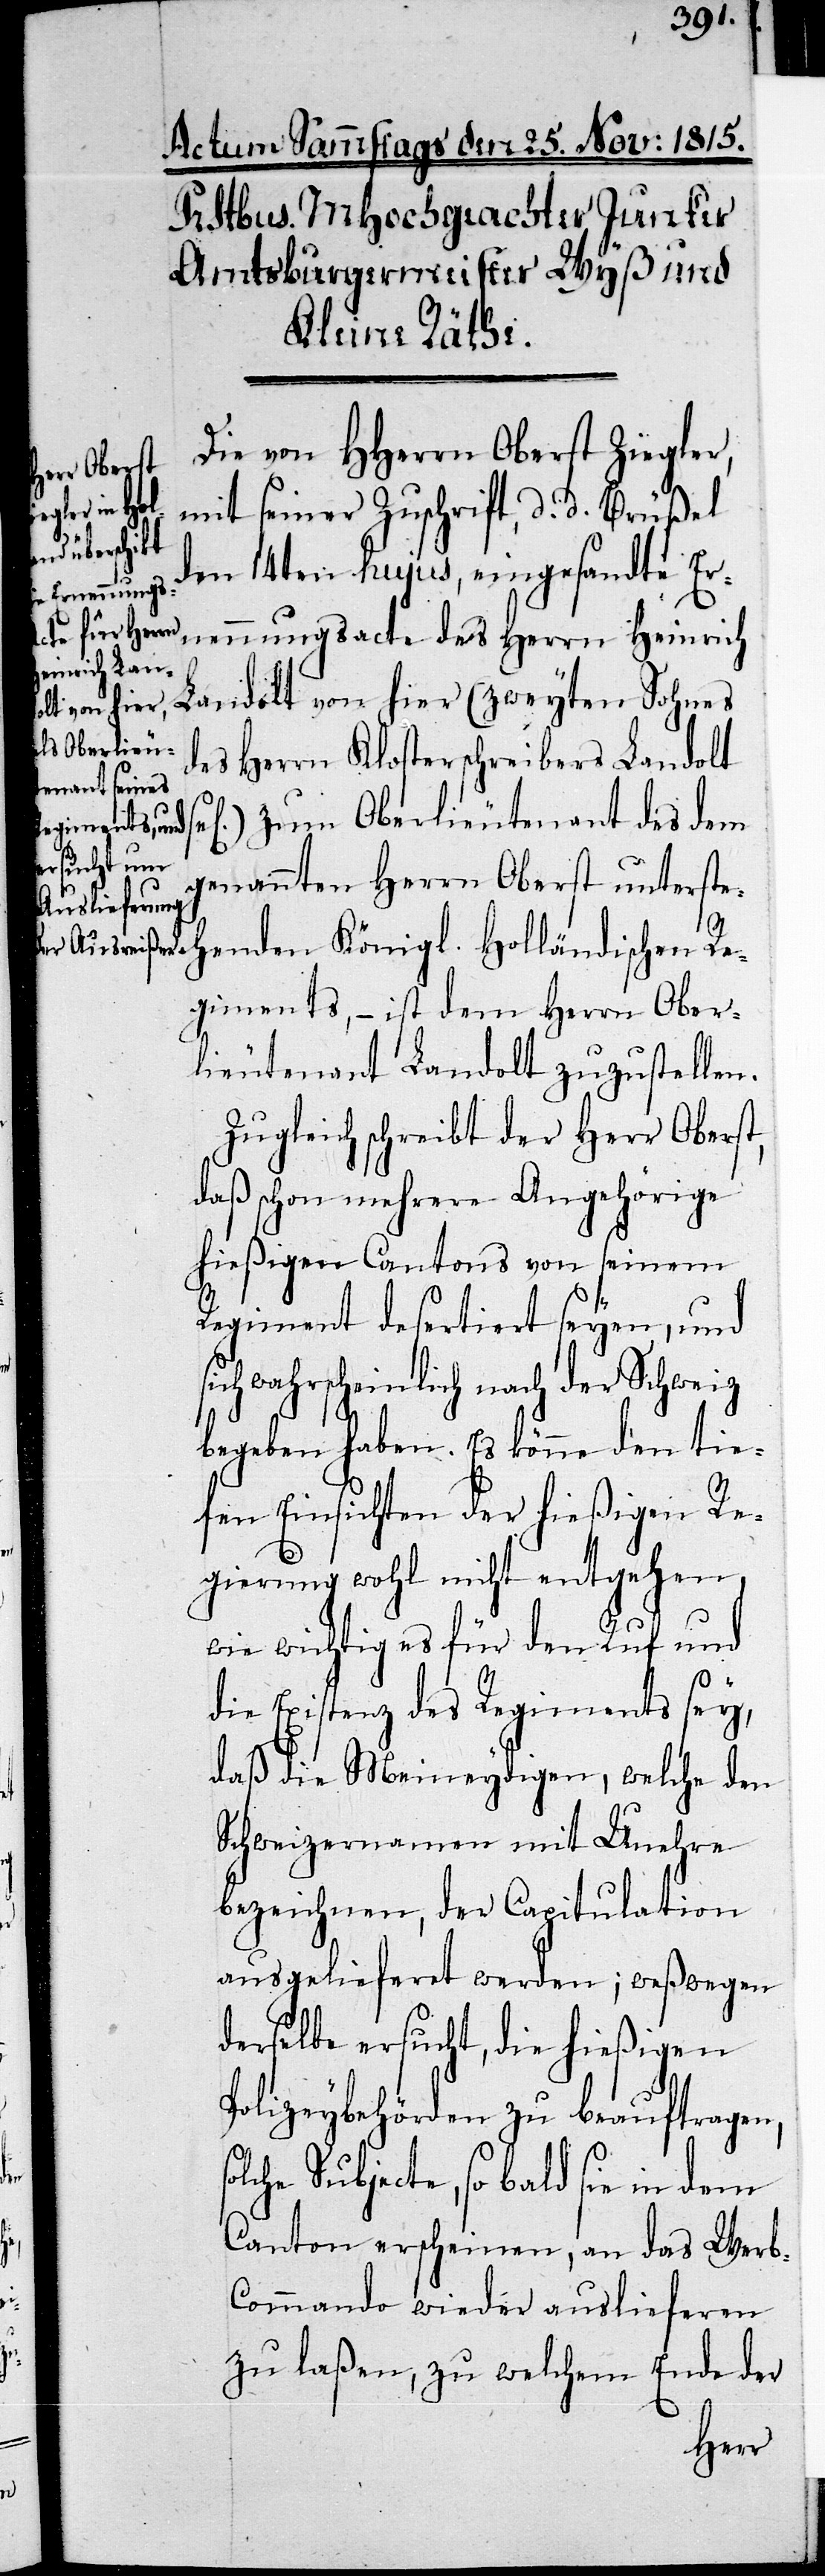
so¬

Die von HHerrn Oberst Ziegler
mit seiner Zuschrift, d. d. Brüßel
den 14ten hujus, eingesandte Er¬
nennungsacte des Herrn Heinrich
Landolt von hier (zweyten Sohnes
des Herrn Klosterschreibers Landolt
l.) zum Oberlieutenant des dem
genannten Herrn Oberst unterste¬
henden Königl. Holländischen Re¬
giments, – ist dem Herrn Ober¬
lieutenant Landolt zuzustellen.
Zugleich schreibt der Herr Oberst,
daß schon mehrere Angehörige
hießigen Cantons von seinem
Regiment desertiert seyen, und
sich wahrscheinlich nach der Schweiz
begeben haben. Es könne den tie¬
fen Einsichten der hießigen Re¬
gierung wohl nicht entgehen,
wie wichtig es für den Ruf und
die Existenz des Regiments sey,
daß die Meineydigen, welche den
Schweizernamen mit Unehre
bezeichnen, der Capitulation
ausgelieferet werden; weßwegen
derselbe ersucht, die hießigen
Polizeybehörden zu beauftragen,
lche Subjecte, so bald sie in dem
Canton erscheinen, an das Werb-C¬
ommando wieder auslieferen
zu laßen, zu welchem Ende der